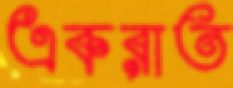
একরাত